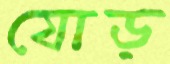
যোড়